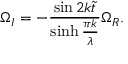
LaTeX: \Omega _ { I } = - \frac { \sin 2 k \tilde { t } } { \sinh \frac { \pi k } { \lambda } } \Omega _ { R } .